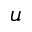
u